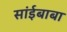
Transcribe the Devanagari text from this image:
सांईबाबा